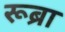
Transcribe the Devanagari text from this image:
रूब्रा